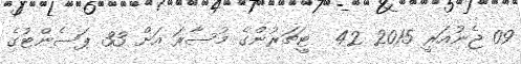
09 ޖެނުއަރީ 2015 42  ޓީޗަރުންގެ މުސާރަ އަށް 33 ޕަސެންޓުގެ